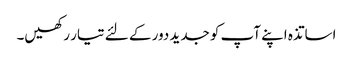
اساتذہ اپنے آپ کو جدید دور کے لئے تیار رکھیں۔